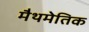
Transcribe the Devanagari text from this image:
मैथमेतिक